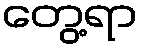
တွေ့ရာ